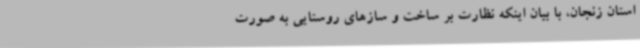
استان زنجان، با بیان اینکه نظارت بر ساخت و سازهای روستایی به ‌صورت